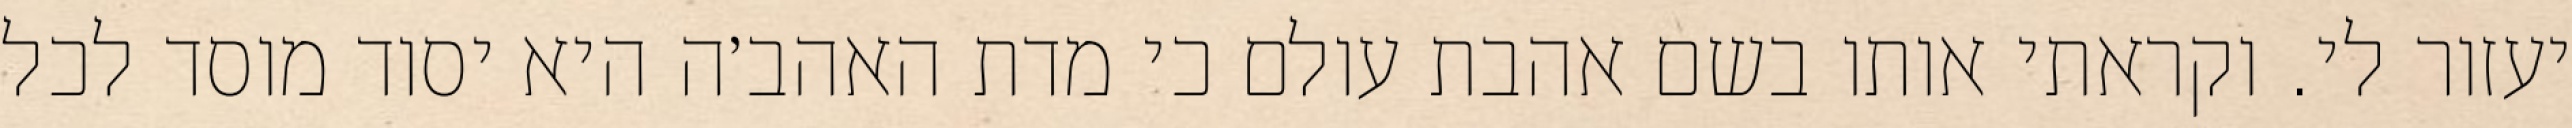
יעזור לי. וקראתי אותו בשם אהבת עולם כי מדת האהב׳ה היא יסוד מוסד לכל